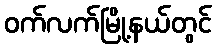
ဝက်လက်မြို့နယ်တွင်